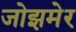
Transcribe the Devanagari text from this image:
जोझमेर